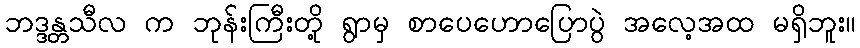
ဘဒ္ဒန္တသီလ က ဘုန်းကြီးတို့ ရွာမှ စာပေဟောပြောပွဲ အလေ့အထ မရှိဘူး။